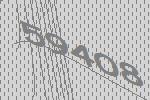
59408